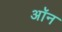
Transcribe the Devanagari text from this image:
अॉन